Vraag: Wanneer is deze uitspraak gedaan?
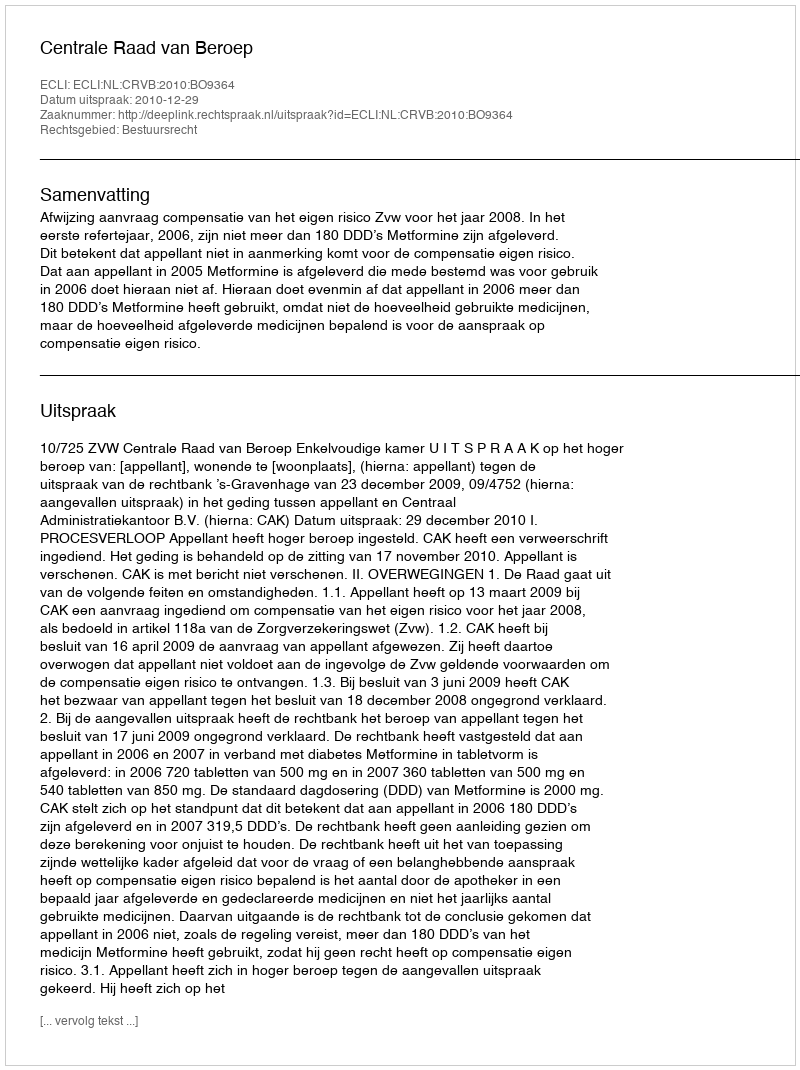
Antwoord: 2010-12-29